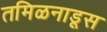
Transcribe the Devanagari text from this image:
तमिळनाडूस